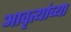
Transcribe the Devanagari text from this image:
आवृत्यांच्या